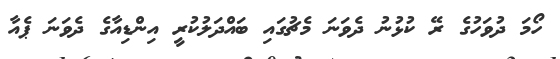
ހޯމަ ދުވަހުގެ ރޭ ކުޅުނު ދެވަނަ މެޗުގައި ބައްދަލުކުރީ އިންޑިއާގެ ދެވަނަ ޕެއާ